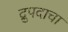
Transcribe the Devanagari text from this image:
द्रुपदाचा